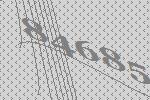
84685